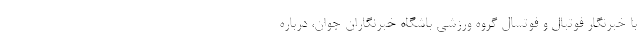
با خبرنگار فوتبال و فوتسال گروه ورزشی باشگاه خبرنگاران جوان، درباره